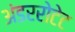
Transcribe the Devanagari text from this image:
अंडररोटेट